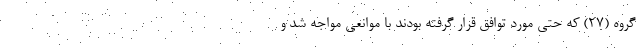
گروه (۲۷) که حتی مورد توافق قرار گرفته بودند با موانعی مواجه شد و